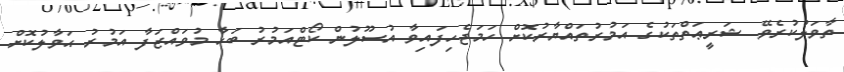
ތާވަލުކުރެވޭ ޝަރީޢަތްތަކުގެ އަމުރުތައްޔާރުކޮށް ހަމަޖެހިފައިވާ އުސޫލުން ކޯޓްއަމުރު ބަހާ މުވައްޒަފާ އަމުރު ޙަވާލުކޮށް